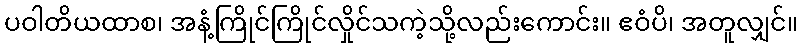
ပဝါတိယထာစ၊ အနံ့ကြိုင်ကြိုင်လှိုင်သကဲ့သို့လည်းကောင်း။ ဧဝံပိ၊ အတူလျှင်။